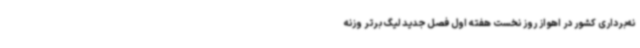
نه‌برداری کشور در اهواز روز نخست هفته اول فصل جدید لیگ برتر وزنه